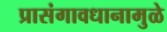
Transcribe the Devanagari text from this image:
प्रासंगावधानामुळे